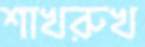
শাখরুখ